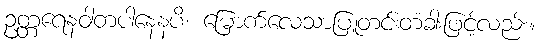
ဥတ္တရေနဝါတပါနေနပိ၊ မြောက်လေသာပြူတင်းတံခါးဖြင့်လည်း။